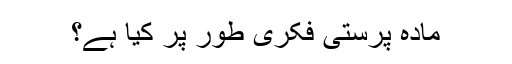
مادّہ پرستی فکری طور پر کیا ہے؟